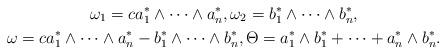
LaTeX: \begin{gather*}\omega_1 =c a_1^*\wedge \cdots \wedge a_n^*, \omega_2 = b_1^*\wedge \cdots \wedge b_n^*,\\\omega = c a_1^*\wedge \cdots \wedge a_n^* -b_1^*\wedge \cdots \wedge b_n^*,\Theta = a_1^* \wedge b_1^* + \cdots + a_n^* \wedge b_n^*.\end{gather*}